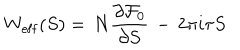
LaTeX: W _ { \mathrm { e f f } } ( S ) = \, N \frac { \partial { \cal F } _ { 0 } } { \partial S } \, - \, 2 \pi i \tau S